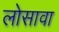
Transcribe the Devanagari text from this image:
लोसावा